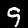
Digit: 9